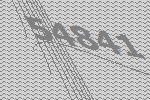
54841